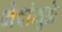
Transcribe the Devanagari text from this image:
भेदांमुळे